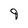
Character: 9